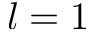
l = 1